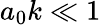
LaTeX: a_{0}k\ll 1